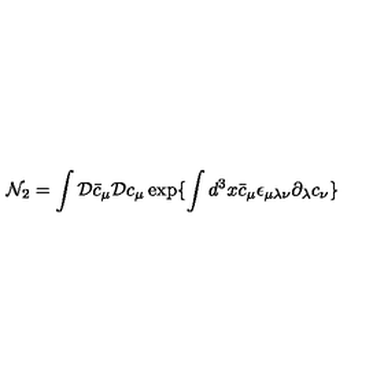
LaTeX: { \mathcal N } _ { 2 } = \int { \mathcal D } { \bar { c } } _ { \mu } { \mathcal D } c _ { \mu } \exp \{ \int d ^ { 3 } x { \bar { c } } _ { \mu } \epsilon _ { \mu \lambda \nu } \partial _ { \lambda } c _ { \nu } \}